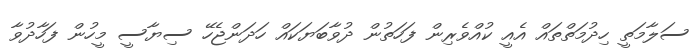
ސަލާމަތީ ހިދުމަތްތައް އެއީ ކުއްވެރިން ފަހަތުން ދުވާބަޔަކައް ހަދަންޖެހޭ ސިޔާސީ މީހުން ފަހާދުވާ